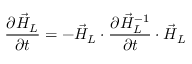
\frac { \partial \vec { H } _ { L } } { \partial t } = - \vec { H } _ { L } \cdot \frac { \partial \vec { H } _ { L } ^ { - 1 } } { \partial t } \cdot \vec { H } _ { L }